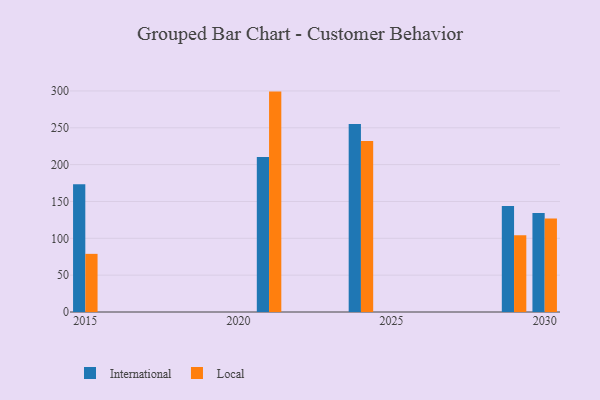
{"axis": {"x": "Year", "y": "Population (Million)"}, "legend": ["International", "Local"], "data": [{"x": "2015", "y": 173.3, "type": "International"}, {"x": "2015", "y": 78.9, "type": "Local"}, {"x": "2021", "y": 210.3, "type": "International"}, {"x": "2021", "y": 299.1, "type": "Local"}, {"x": "2029", "y": 143.7, "type": "International"}, {"x": "2029", "y": 104.1, "type": "Local"}, {"x": "2024", "y": 255.0, "type": "International"}, {"x": "2024", "y": 232.2, "type": "Local"}, {"x": "2030", "y": 134.5, "type": "International"}, {"x": "2030", "y": 126.9, "type": "Local"}]}